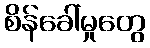
စိန်ခေါ်မှုတွေ